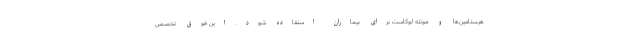
هیستامین‌ها و مونته لوکاست برای بیماران استفاده شود. این فوق تخصص